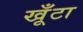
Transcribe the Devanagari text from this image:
खूँटा